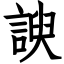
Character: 諛